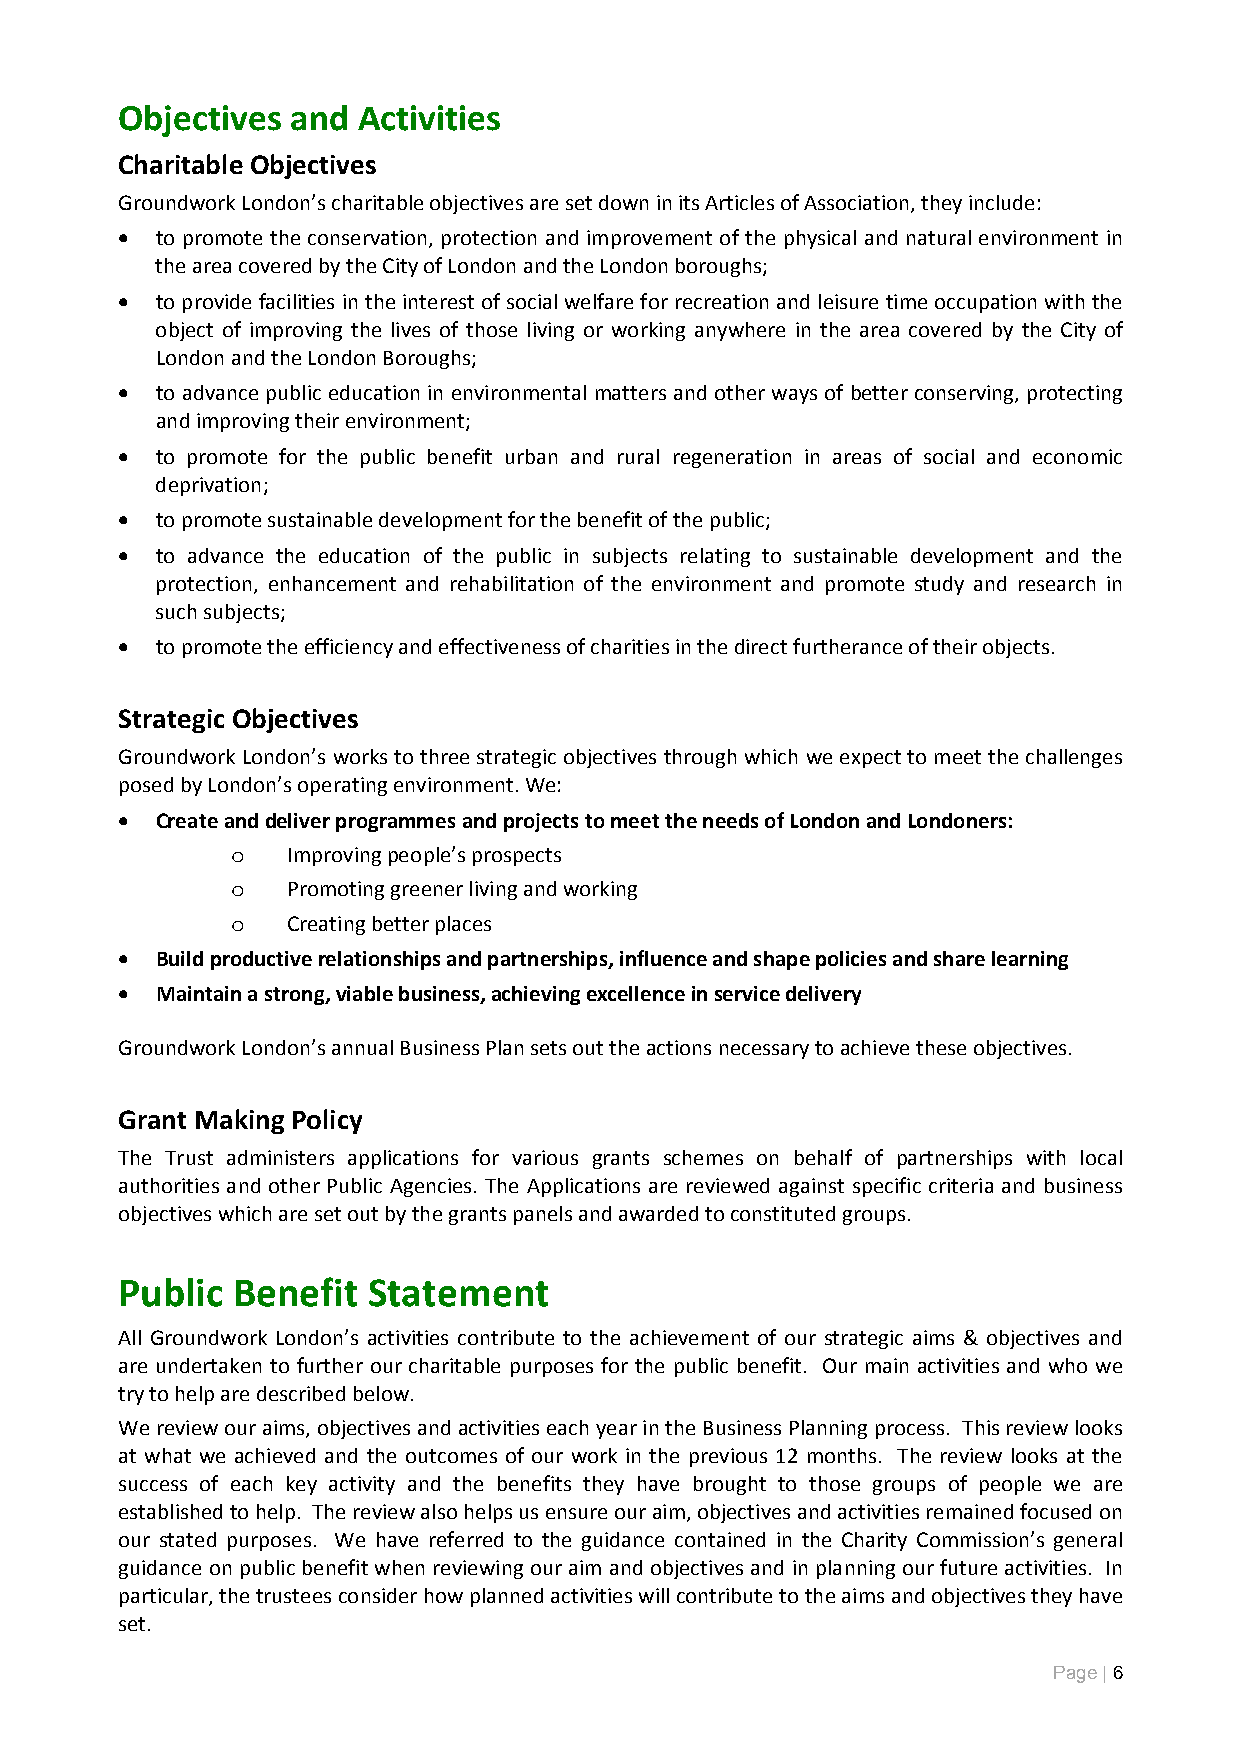
Objectives and  Activities
 Charitable Objectives
 Groundwork London’s charitable objectives are set down in its Articles of Association, they include:
  to promote the conservation, protection and improvement of the physical and natural environment in
 the area covered by the City of London and the London boroughs;
  to provide facilities in the interest of social welfare for recreation and leisure time occupation with the
 object of improving the lives of those living or working anywhere in the area covered by the City of
 London and the London Boroughs;
  to advance public education in environmental matters and other ways of better conserving, protecting
 and improving their environment;
  to promote for the public benefit urban and rural regeneration in areas of social and economic
 deprivation;
  to promote sustainable development for the benefit of the public;
  to advance the education of the public in subjects relating to sustainable development and the
 protection, enhancement and rehabilitation of the environment and promote study and research in
 such subjects;
  to promote the efficiency and effectiveness of charities in the direct furtherance of their objects.
 Strategic Objectives
 Groundwork London’s works to three strategic objectives through which we expect to meet the challenges
 posed by London’s operating environment. We:
  Create and deliver programmes and projects to meet the needs of London and Londoners:
 o   Improving people’s prospects
 o   Promoting greener living and working
 o   Creating better places
  Build productive relationships and partnerships, influence and shape policies and share learning
  Maintain a strong, viable business, achieving excellence in service delivery
 Groundwork London’s annual Business Plan sets out the actions necessary to achieve these objectives.
 Grant Making Policy
 The Trust administers applications for various grants schemes on behalf of partnerships with local
 authorities and other Public Agencies. The Applications are reviewed against specific criteria and business
 objectives which are set out by the grants panels and awarded to constituted groups.
 Public Benefit  Statement
 All Groundwork London’s activities contribute to the achievement of our strategic aims & objectives and
 are undertaken to further our charitable purposes for the public benefit. Our main activities and who we
 try to help are described below.
 We review our aims, objectives and activities each year in the Business Planning process. This review looks
 at what we achieved and the outcomes of our work in the previous 12 months. The review looks at the
 success of each key activity and the benefits they have brought to those groups of people we are
 established to help. The review also helps us ensure our aim, objectives and activities remained focused on
 our stated purposes. We have referred to the guidance contained in the Charity Commission’s general
 guidance on public benefit when reviewing our aim and objectives and in planning our future activities. In
 particular, the trustees consider how planned activities will contribute to the aims and objectives they have
 set.
 Page | 6